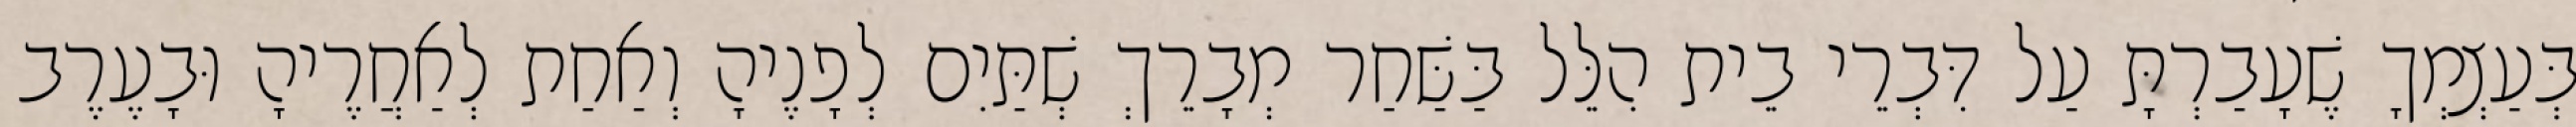
בְּעַצְמְךָ שֶׁעָבַרְתָּ עַל דִּבְרֵי בֵית הִלֵּל בַּשַּׁחַר מְבָרֵךְ שְׁתַּיִם לְפָנֶיהָ וְאַחַת לְאַחֲרֶיהָ וּבָעֶרֶב